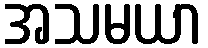
အသမယာ